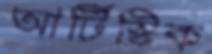
আর্টিস্টিক